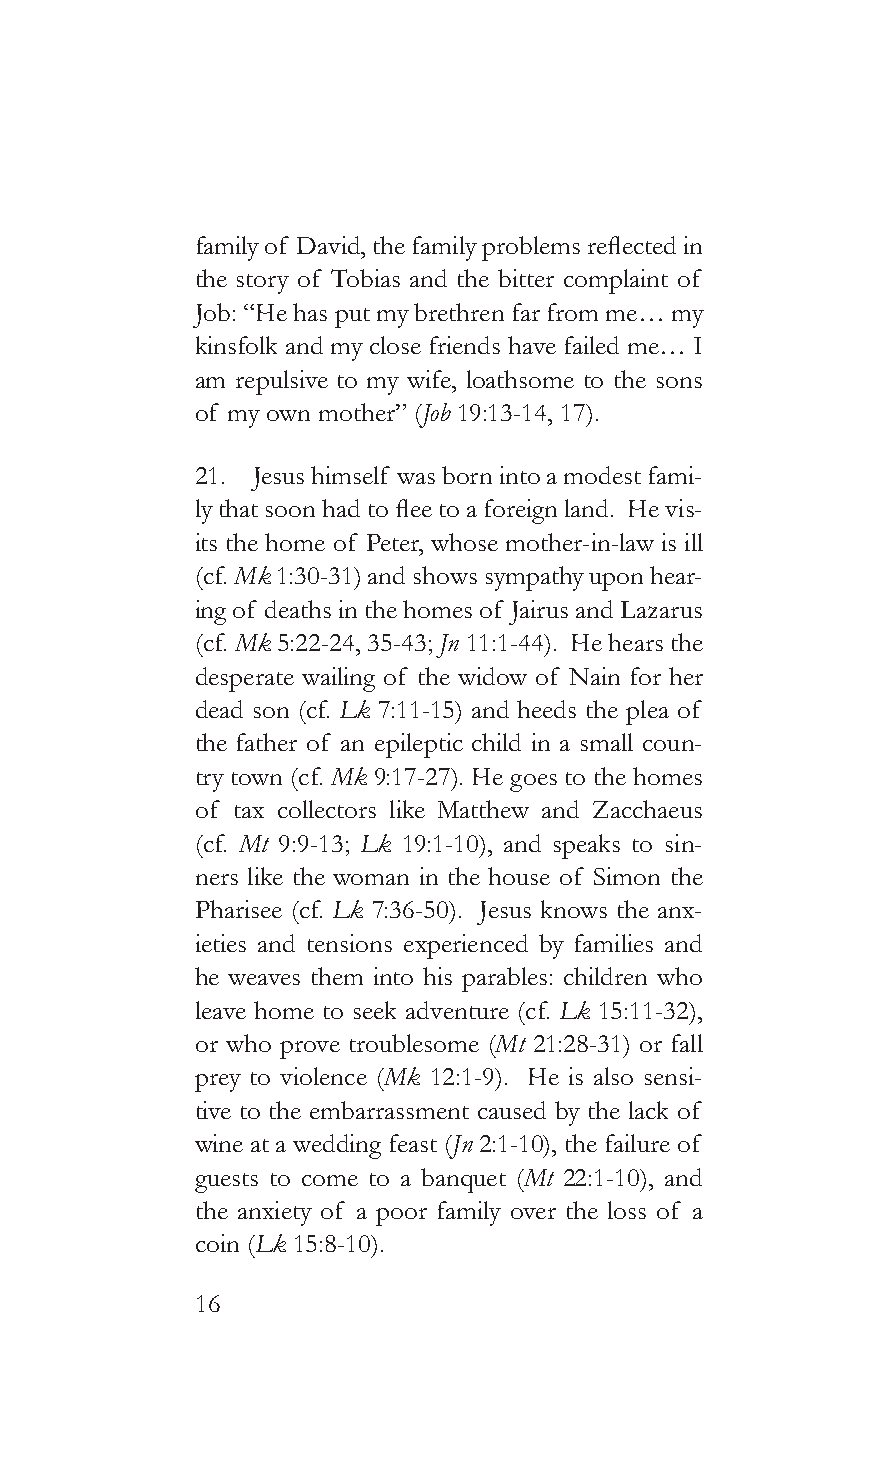
family of David, the family problems reflected in
 the story of Tobias and the bitter complaint of
 Job: “He has put my brethren far from me… my
 kinsfolk and my close friends have failed me… I
 am repulsive to my wife, loathsome to the sons
 of my own mother” (Job 19:13-14, 17).
 21. Jesus himself was born into a modest fami-
 ly that soon had to flee to a foreign land. He vis-
 its the home of Peter, whose mother-in-law is ill
 (cf. Mk 1:30-31) and shows sympathy upon hear-
 ing of deaths in the homes of Jairus and Lazarus
 (cf. Mk 5:22-24, 35-43; Jn 11:1-44). He hears the
 desperate wailing of the widow of Nain for her
 dead son (cf. Lk 7:11-15) and heeds the plea of
 the father of an epileptic child in a small coun-
 try town (cf. Mk 9:17-27). He goes to the homes
 of tax collectors like Matthew and Zacchaeus
 (cf. Mt 9:9-13; Lk 19:1-10), and speaks to sin-
 ners like the woman in the house of Simon the
 Pharisee (cf. Lk 7:36-50). Jesus knows the anx-
 ieties and tensions experienced by families and
 he weaves them into his parables: children who
 leave home to seek adventure (cf. Lk 15:11-32),
 or who prove troublesome (Mt 21:28-31) or fall
 prey to violence (Mk 12:1-9). He is also sensi-
 tive to the embarrassment caused by the lack of
 wine at a wedding feast (Jn 2:1-10), the failure of
 guests to come to a banquet (Mt 22:1-10), and
 the anxiety of a poor family over the loss of a
 coin (Lk 15:8-10).
 16